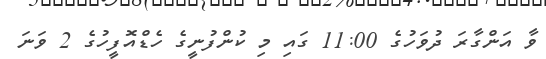
ވާ އަންގާރަ ދުވަހުގެ 11:00 ގައި މި ކުންފުނީގެ ހެޑްއޮފީހުގެ 2 ވަނަ